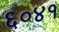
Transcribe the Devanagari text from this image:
६०४१